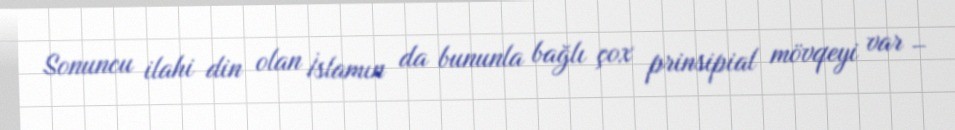
Sonuncu ilahi din olan İslamın da bununla bağlı çox prinsipial mövqeyi var –